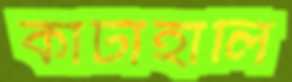
কাটাহালি